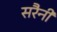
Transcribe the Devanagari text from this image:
सरैनी